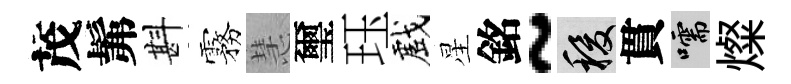
茂髴斟霧慧璽珏戲星銘~稷貫嚅燦